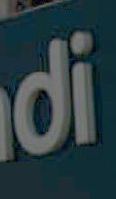
di